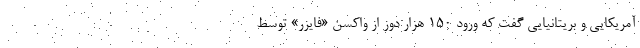
آمریکایی و بریتانیایی گفت که ورود ۱۵۰ هزار دوز از واکسن «فایزر» توسط